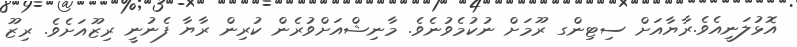
އޮޅުލަނީއެވެ.ރާޔާއަށް ސިޓިންގ ރޫމަށް ނުކުމެވުނެވެ. މާނިޝްއަށްވުރެން ކުރިން ރާޔާ ފެނުނީ ރިޒޫއަށެވެ. ރިޒޫ